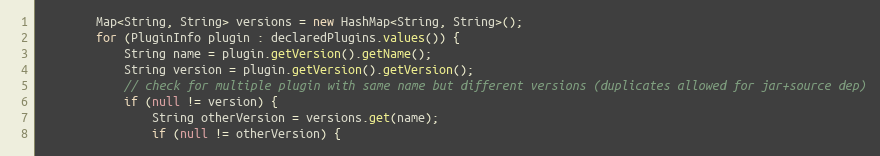
Language: Java
		Map<String, String> versions = new HashMap<String, String>();
		for (PluginInfo plugin : declaredPlugins.values()) {
			String name = plugin.getVersion().getName();
			String version = plugin.getVersion().getVersion();
			// check for multiple plugin with same name but different versions (duplicates allowed for jar+source dep)
			if (null != version) {
				String otherVersion = versions.get(name);
				if (null != otherVersion) {